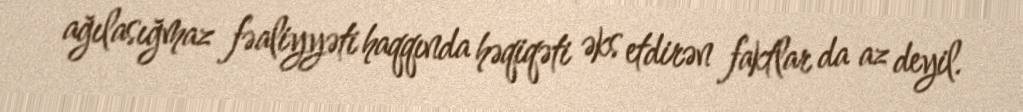
ağılasığmaz fəaliyyəti haqqında həqiqəti əks etdirən faktlar da az deyil.